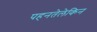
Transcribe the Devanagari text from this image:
पहनतेलेकिन